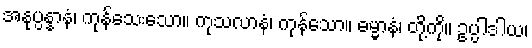
အနုပ္ပန္နာနံ၊ ကုန်သေးသော။ ကုသလာနံ၊ ကုန်သော။ ဓမ္မာနံ၊ တို့ကို။ ဥပ္ပါဒါယ၊